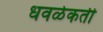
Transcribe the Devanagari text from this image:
धवळेकर्ती